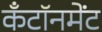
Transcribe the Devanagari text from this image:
कँटॉनमेंट